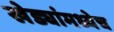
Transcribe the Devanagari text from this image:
खेड्यांमध्येच